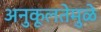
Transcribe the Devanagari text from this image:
अनुकूलतेमुळे